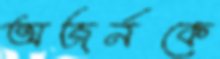
অজর্নকে